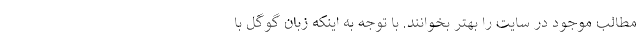
مطالب موجود در سایت را بهتر بخوانند. با توجه به اینکه زبان گوگل با